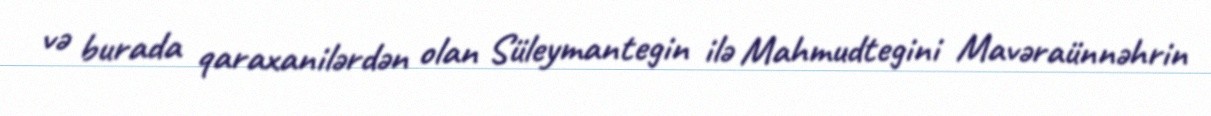
və burada qaraxanilərdən olan Süleymantegin ilə Mahmudtegini Mavəraünnəhrin